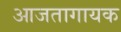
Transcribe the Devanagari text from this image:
आजतागायक